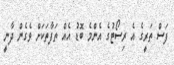
ފަސް ތަރީގެ އެ ރިސޯޓުގެ އެންމެ ބޮޑު އެއް ތަފާތަކަށް ވެގެން ދާނީ